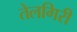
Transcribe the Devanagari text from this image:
तेलगिरी